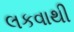
લકવાથી